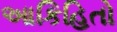
આકિહિતો